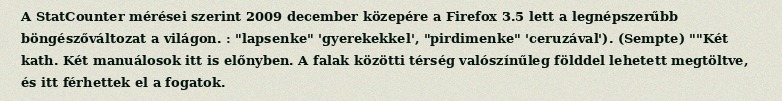
A StatCounter mérései szerint 2009 december közepére a Firefox 3.5 lett a legnépszerűbb böngészőváltozat a világon. : "lapsenke" 'gyerekekkel', "pirdimenke" 'ceruzával'). (Sempte) ""Két kath. Két manuálosok itt is előnyben. A falak közötti térség valószínűleg földdel lehetett megtöltve, és itt férhettek el a fogatok.